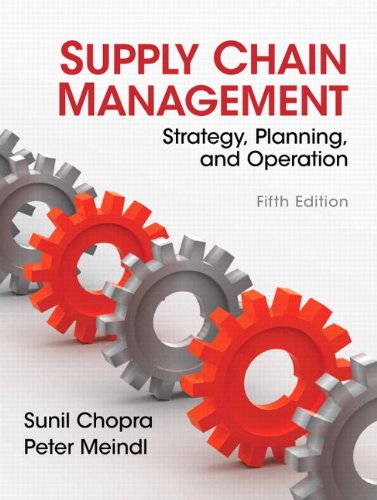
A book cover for Supply Chain Management (5th Edition); Sunil Chopra; Business & Money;